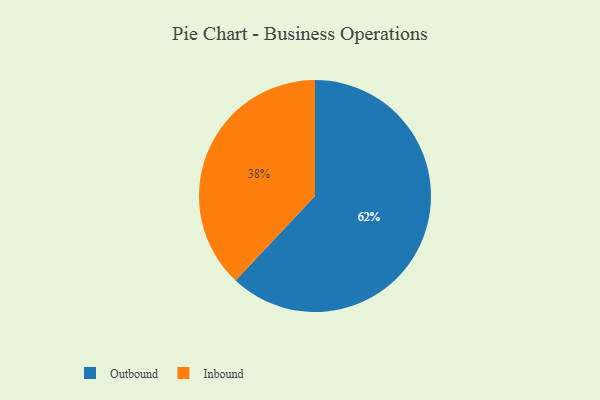
{"axis": {"x": "Category", "y": "Percentage"}, "legend": ["Inbound", "Outbound"], "data": [{"x": "Inbound", "y": 38, "type": "Inbound"}, {"x": "Outbound", "y": 62, "type": "Outbound"}]}